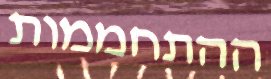
ההתחממות